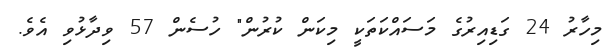
މިހާރު 24 ގަޑިއިރުގެ މަސައްކަތަކީ މިކަން ކުރުން" ހުސެން 57 ވިދާޅުވި އެވެ.